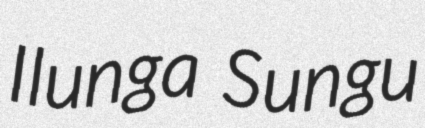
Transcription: Ilunga Sungu